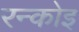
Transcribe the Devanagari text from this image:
रन्कोइ